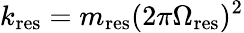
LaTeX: k_{\mathrm{res}}=m_{\mathrm{res}}(2\pi\Omega_{\mathrm{res}})^{2}